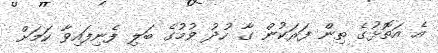
އެ އަތޮޅުގެ ތިން ފަރަކުން ގާ ހުދު ވުމުގެ ބަލި ފެނިފައިވާ ކަމަށް